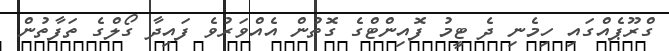
ގްރޫޕެއްގައި ހިމެނި ދެ ޓީމު ފޮއިންޓްގެ ގޮތުން އެއްވަރުވެ ފައިދާ ގޯލްގެ ތަފާތުން